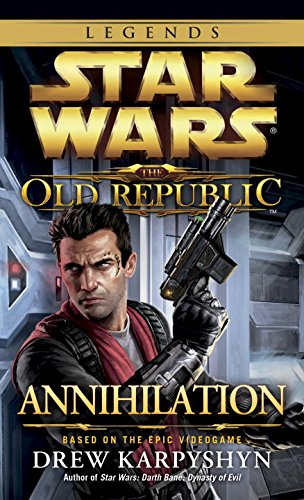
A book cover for Annihilation: Star Wars (The Old Republic) (Star Wars: The Old Republic - Legends); Drew Karpyshyn; Science Fiction & Fantasy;